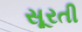
સૂરતી